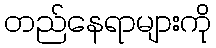
တည်နေရာများကို